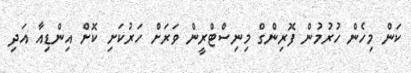
ކަން މިހެން ހުރުމުން ފޮރިންގް މިނިސްޓްރީން ވަރަށް ހަރުކަށި ކޮށް އިންޑިއާ އަދި